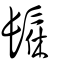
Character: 髹